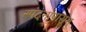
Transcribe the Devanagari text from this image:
स्पंदनांपासून